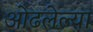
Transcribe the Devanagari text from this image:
ओढलेल्या